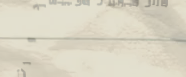
محل متخصص في بيع أدوات ال